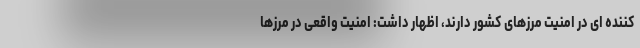
کننده ای در امنیت مرزهای کشور دارند، اظهار داشت: امنیت واقعی در مرزها